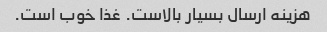
هزینه ارسال بسیار بالاست. غذا خوب است.